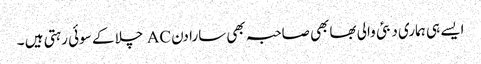
ایسے ہی ہماری دبئی والی بھابھی صاحبہ بھی سارا دن AC چلا کے سوئی رہتی ہیں ۔